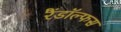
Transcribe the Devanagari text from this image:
रैंडॉल्फस